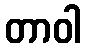
တာဝါ